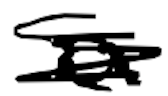
Text: a
Cross-out: scratch
Writing tool: digital_black